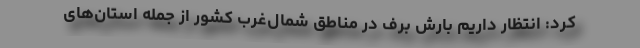
کرد: انتظار داریم بارش برف در مناطق شمال‌‌‌غرب کشور از جمله استان‌های